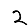
Digit: 2